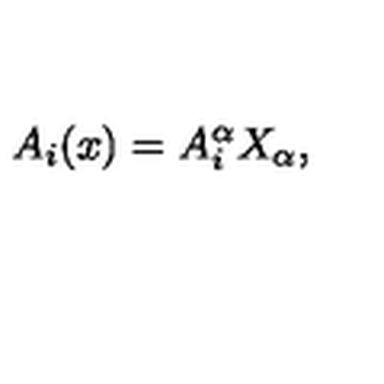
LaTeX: A _ { i } ( x ) = A _ { i } ^ { \alpha } X _ { \alpha } ,